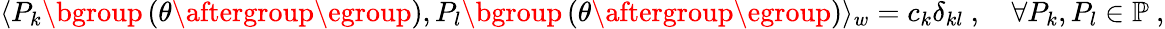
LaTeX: \begin{array}{r}{\langle P_{k}\mathopen{}\mathclose\bgroup\left(\theta\aftergroup\egroup\right),P_{l}\mathopen{}\mathclose\bgroup\left(\theta\aftergroup\egroup\right)\rangle_{w}=c_{k}\delta_{kl}~,\quad\forall P_{k},P_{l}\in\mathbb{P}~,}\end{array}